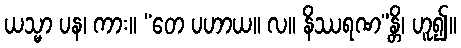
ယသ္မာ ပန၊ ကား။ “တေ ပဟာယ။ လ။ နိဿရဏ”န္တိ၊ ဟူ၍။